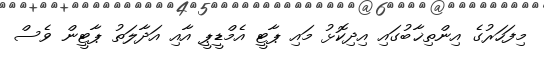
މިފަހަރުގެ އިންތިޚާބުގައި އިދިކޮޅު މައި ޕާޓީ އެމްޑީޕީ އާއި އަދާލަތު ޕާޓީން ވެސް